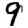
Digit: 9